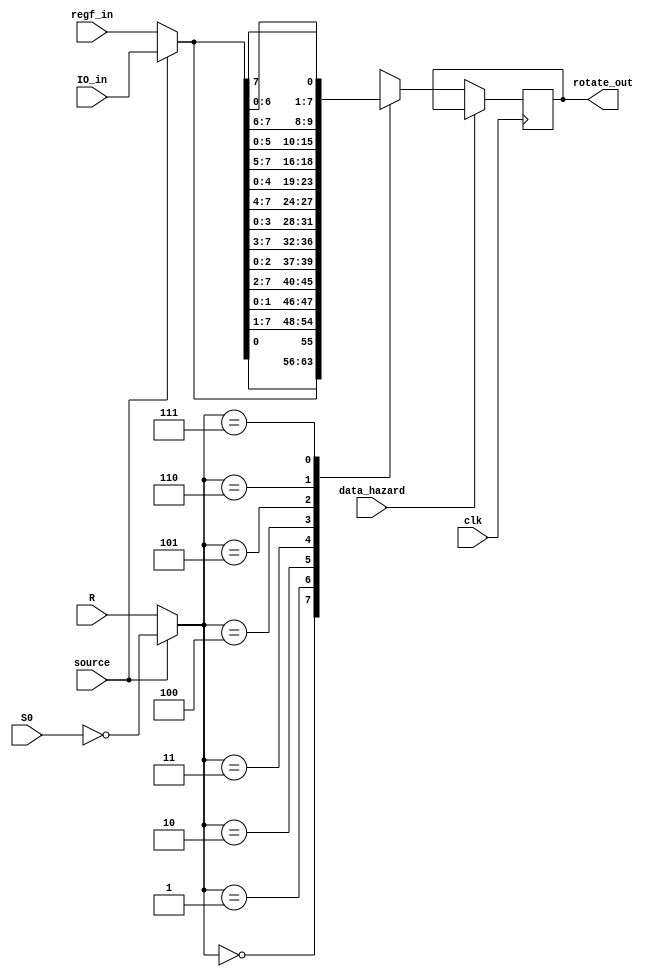
module right_rotate(input wire clk, data_hazard, input wire[7:0] regf_in, IO_in, output wire[7:0] rotate_out, input wire[2:0] S0, R, input wire source);
wire[2:0] selector;
wire[7:0] selected;
reg[7:0] rotate_reg;
assign selector = (source) ? ~S0 : R;
assign selected = (source) ? IO_in : regf_in;
always @(posedge clk)
begin
	if(~data_hazard)
	begin
		case(selector)
		3'b000: rotate_reg <= selected;
		3'b001: rotate_reg <= {selected[0], selected[7:1]};
		3'b010: rotate_reg <= {selected[1:0], selected[7:2]};
		3'b011: rotate_reg <= {selected[2:0], selected[7:3]};
		3'b100: rotate_reg <= {selected[3:0], selected[7:4]};
		3'b101: rotate_reg <= {selected[4:0], selected[7:5]};
		3'b110: rotate_reg <= {selected[5:0], selected[7:6]};
		3'b111: rotate_reg <= {selected[6:0], selected[7]};
		endcase
	end
end
assign rotate_out = rotate_reg;
endmodule